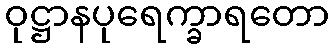
ဝုဋ္ဌာနပုရေက္ခာရတော